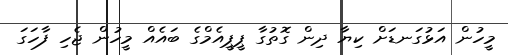
މީހުން އަޅުގަނޑަށް ކިޔާ ދިން ގޮތުގާ ޕީޕީއެމްގެ ބައެއް މީހުން ޖެހި ފާހަގަ